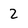
Character: 2